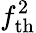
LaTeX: f_{\mathrm{th}}^{2}